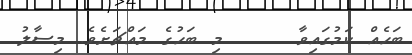
ބަހެއް ކަމުގައިވާ     މި ބަހުގެ މައްޗަށެވެ. މިސާލު